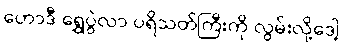
ဟောဒီ ရွှေပွဲလာ ပရိသတ်ကြီးကို လွမ်းလို့ဒေါ့